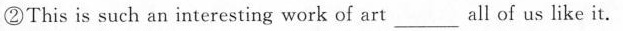
②This is such an interesting work of art ___ all of us like it.